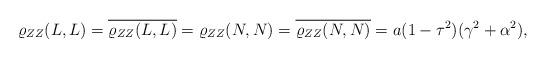
LaTeX: \begin{align*}\varrho _{ZZ}(L,L) = \overline{\varrho _{ZZ}(L,L)} = \varrho _{ZZ}(N,N) = \overline{\varrho _{ZZ}(N,N)} = a(1-\tau^2)(\gamma^2 + \alpha^2),\end{align*}